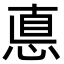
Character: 悳